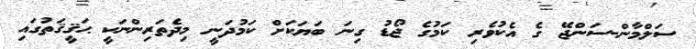
ސަލްމާން-ސަންޖޭ ގެ އެކުވެރި ކަމުގެ ޖޯޑު ގިނަ ބަޔަކަށް ކަމުދަނީ މިދެތަރިންނަކީ ޙަޤީޤަތުގައި